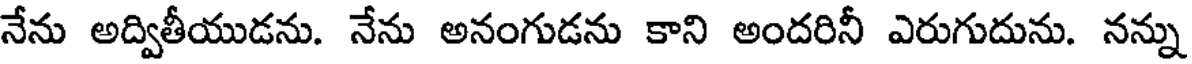
నేను అద్వితీయుడను. నేను అనంగుడను కాని అందరినీ ఎరుగుదును. నన్ను